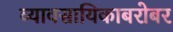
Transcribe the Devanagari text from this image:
व्यावसायिकाबरोबर